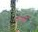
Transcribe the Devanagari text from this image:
वन्हा